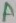
Text: A